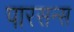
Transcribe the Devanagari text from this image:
पारसन्स